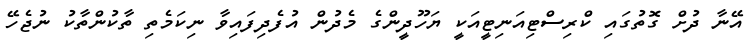
އޭނާ ދުށް ގޮތުގައި ކްރިސްޓިއަނިޓީއަކީ ޔަހޫދީންގެ މެދުން އުފެދިފައިވާ ނިކަމެތި ތާކުންތާކު ނުޖެހޭ